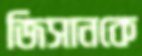
জিসানকে